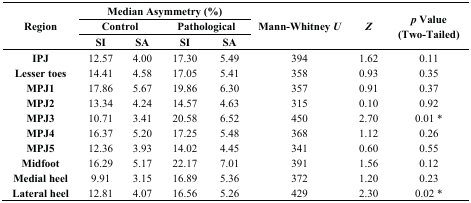
<table><thead><tr><td rowspan="3"><b>Region</b></td><td colspan="4"><b>Median Asymmetry (%)</b></td><td rowspan="3"><b>Mann-Whitney <i>U</i></b></td><td rowspan="3"><b><i>Z</i></b></td><td rowspan="3"><b><i>p</i> Value (Two-Tailed)</b></td></tr><tr><td colspan="2"><b>Control</b></td><td colspan="2"><b>Pathological</b></td></tr><tr><td><b>SI</b></td><td><b>SA</b></td><td><b>SI</b></td><td><b>SA</b></td></tr></thead><tbody><tr><td><b>IPJ</b></td><td>12.57</td><td>4.00</td><td>17.30</td><td>5.49</td><td>394</td><td>1.62</td><td>0.11</td></tr><tr><td><b>Lesser toes</b></td><td>14.41</td><td>4.58</td><td>17.05</td><td>5.41</td><td>358</td><td>0.93</td><td>0.35</td></tr><tr><td><b>MPJ1</b></td><td>17.86</td><td>5.67</td><td>19.86</td><td>6.30</td><td>357</td><td>0.91</td><td>0.37</td></tr><tr><td><b>MPJ2</b></td><td>13.34</td><td>4.24</td><td>14.57</td><td>4.63</td><td>315</td><td>0.10</td><td>0.92</td></tr><tr><td><b>MPJ3</b></td><td>10.71</td><td>3.41</td><td>20.58</td><td>6.52</td><td>450</td><td>2.70</td><td>0.01 *</td></tr><tr><td><b>MPJ4</b></td><td>16.37</td><td>5.20</td><td>17.25</td><td>5.48</td><td>368</td><td>1.12</td><td>0.26</td></tr><tr><td><b>MPJ5</b></td><td>12.36</td><td>3.93</td><td>14.02</td><td>4.45</td><td>341</td><td>0.60</td><td>0.55</td></tr><tr><td><b>Midfoot</b></td><td>16.29</td><td>5.17</td><td>22.17</td><td>7.01</td><td>391</td><td>1.56</td><td>0.12</td></tr><tr><td><b>Medial heel</b></td><td>9.91</td><td>3.15</td><td>16.89</td><td>5.36</td><td>372</td><td>1.20</td><td>0.23</td></tr><tr><td><b>Lateral heel</b></td><td>12.81</td><td>4.07</td><td>16.56</td><td>5.26</td><td>429</td><td>2.30</td><td>0.02 *</td></tr></tbody></table>